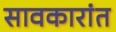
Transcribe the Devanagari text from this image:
सावकारांत